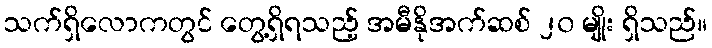
သက်ရှိလောကတွင် တွေ့ရှိရသည့် အမီနိုအက်ဆစ် ၂၀ မျိုး ရှိသည်။